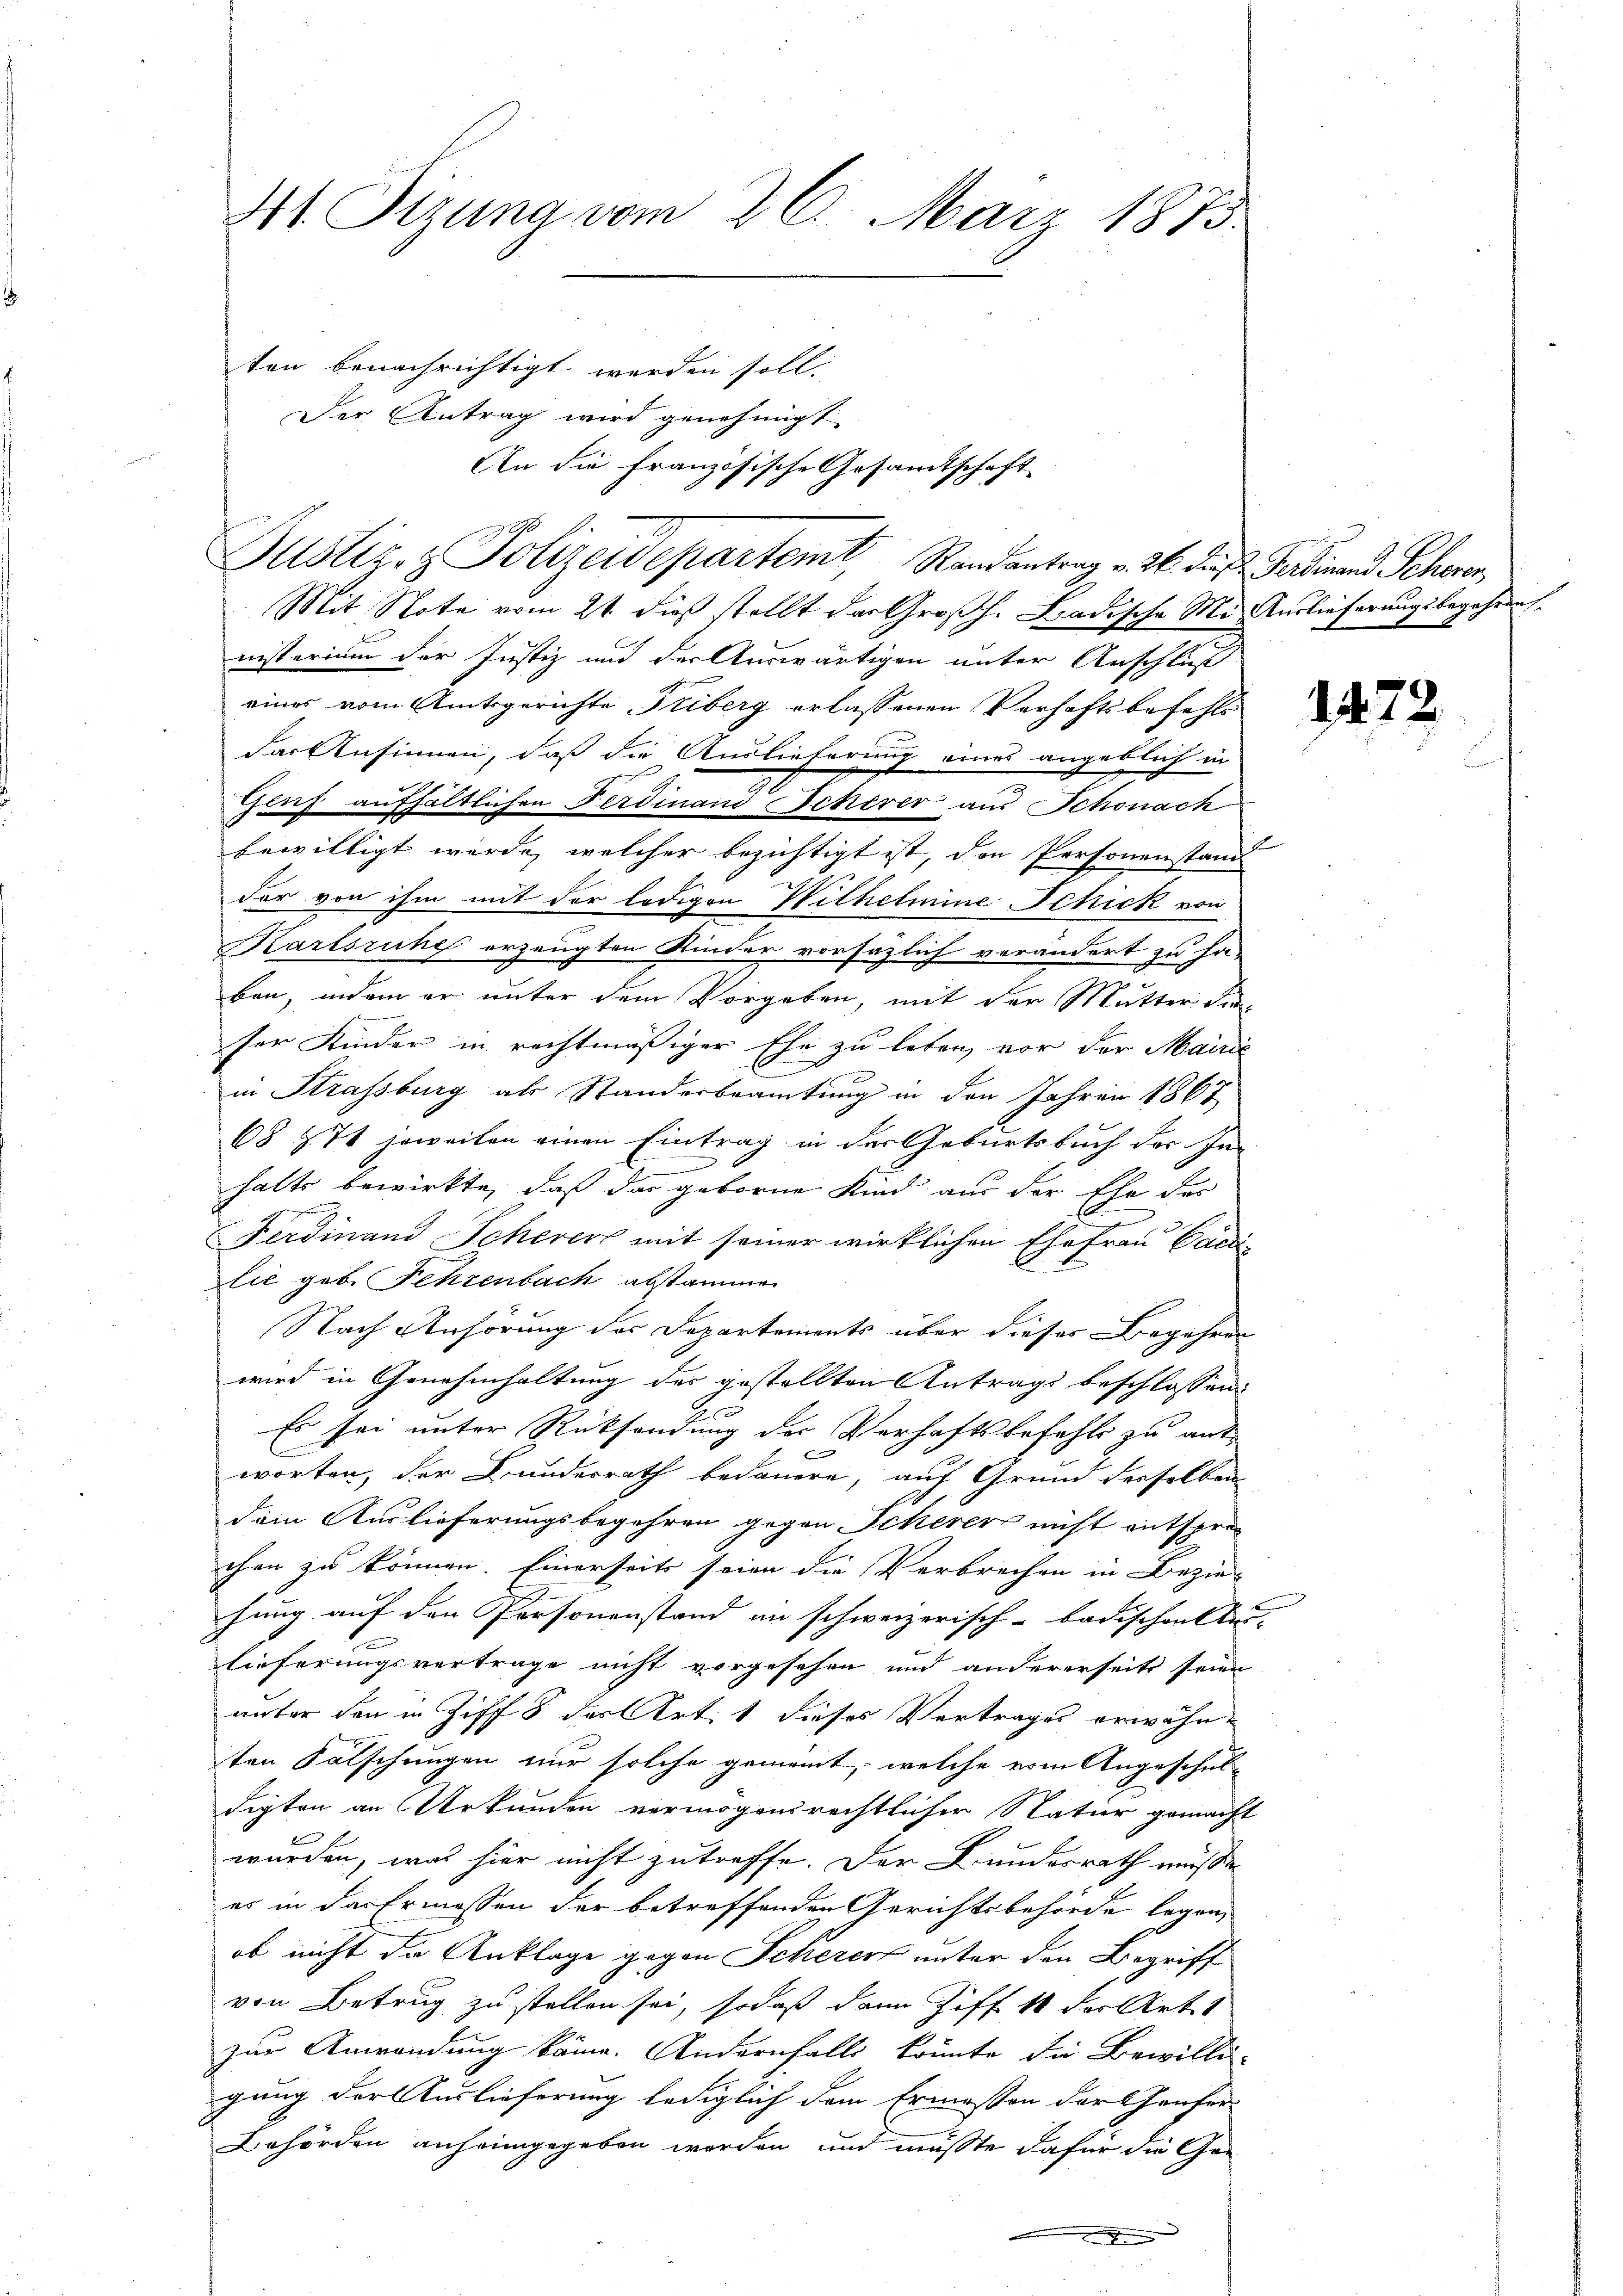
Der Antrag wird genehmigt
An die französische Gesamtschaft
Justiz- & Polizeidepartem Randantrag v. 26. das Ferdinand Schwer
Mit Note vom 21. dieß stellt der Großh. Badische Mit Auslieferungsbegehren.
nisterium der Justiz und der Auswärtigen unter Anschluß
eines vom Amtsgerichte Triberg erlassenen Verhaftsbefehls
das Ansinnen, daß die Auslieferung eines angeblich in
Gleich aufhältlichen Ferdinand Schever aus Schonach
bewilligt werde, welcher bezichtigt ist, den Personenstand
der von ihm mit der ledigen Wilhelmine Schick von
Karlsruhe erzeugten Kinder vorsäzlich verändert zu hä-
ben, indem er unter dem Vorgeben, mit der Mutter die
ser Kinder in rechtmäßiger Ehe zu leben, vor der Mairie
in Strassburg als Standerbeamtung in den Jahren 1867
68 § 7 jeweilen einen Eintrag in der Geburtsbuch des In-

halts bewirkte, daß das geborne Kind aus der Ehe des
n
Ferdinand Scherer mit seiner wirklichen Ehe Frau Caedi
lie geb. Fehrenbach abstammen
Nach Anhörung des Departements über dieser Begehren
wird in Genehmhaltung des gestellten Antrags beschlossen:
2
Es sei unter Rücksendung der Verhaftsbefehls zu ant¬

worten, der Bundesrath bedauern, auf Grund derselben
dein Auslieferungsbegehren gegen Scherer nicht entsprechen zu können. Einerseits seien die Verbrechen in Bezie-
hung auf den Personenstand in schweizerisch-Badischenkte.
lieferungsvertrage nicht vorgesehen und andererseits seien
unter den in Ziff. 8 des Art. 1 dieses Vertrages erwähnten Falschungen nur solche gemeint, welche vom Angeschul-
digten an Urkunden vermögensrechtlicher Natur gemacht
x
wurden, was hier nicht zutreffe. Der Bundesrath müsse
es in das Ermessen der betreffenden Gerichtsbehörde legen,
ob nicht die Anklage gegen Scherer unter den Begriff
von Betrug zu stellen sei, sodaß dann Ziff 11 der Art
zur Anwendung käme. Andernfalls könnte die Bewilli-
gung der Auslieferung lediglich dem Ermessen darthaufer-
Behörden anheimgegeben werden, und müsste dafür die Ge-

41 Tizung vom 26. März 1873.
ten benachrichtigt werden soll.

1472.